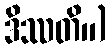
ဒိဿတိ။)